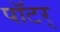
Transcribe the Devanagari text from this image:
पॉटर्